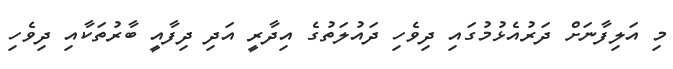
މި އަލިފާނަށް ދަރުއެޅުމުގައި ދިވެހި ދައުލަތުގެ އިދާރީ އަދި ދިފާއީ ބާރުތަކާއި ދިވެހި